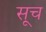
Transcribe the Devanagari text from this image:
सूच